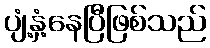
ပျံ့နှံ့နေပြီဖြစ်သည်